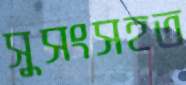
সুসংসহত